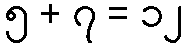
၅ + ၇ = ၁၂